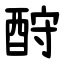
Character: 酧